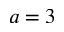
a = 3